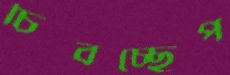
চিবচ্ছেপ